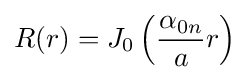
R(r)=J_{0}\left({\frac {\alpha _{0n}}{a}}r\right)